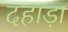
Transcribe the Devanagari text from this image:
दहाड़ा